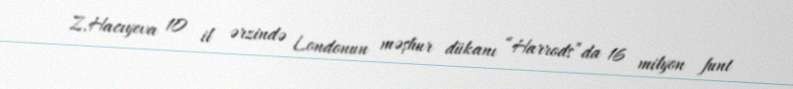
Z.Hacıyeva 10 il ərzində Londonun məşhur dükanı “Harrods”da 16 milyon funt